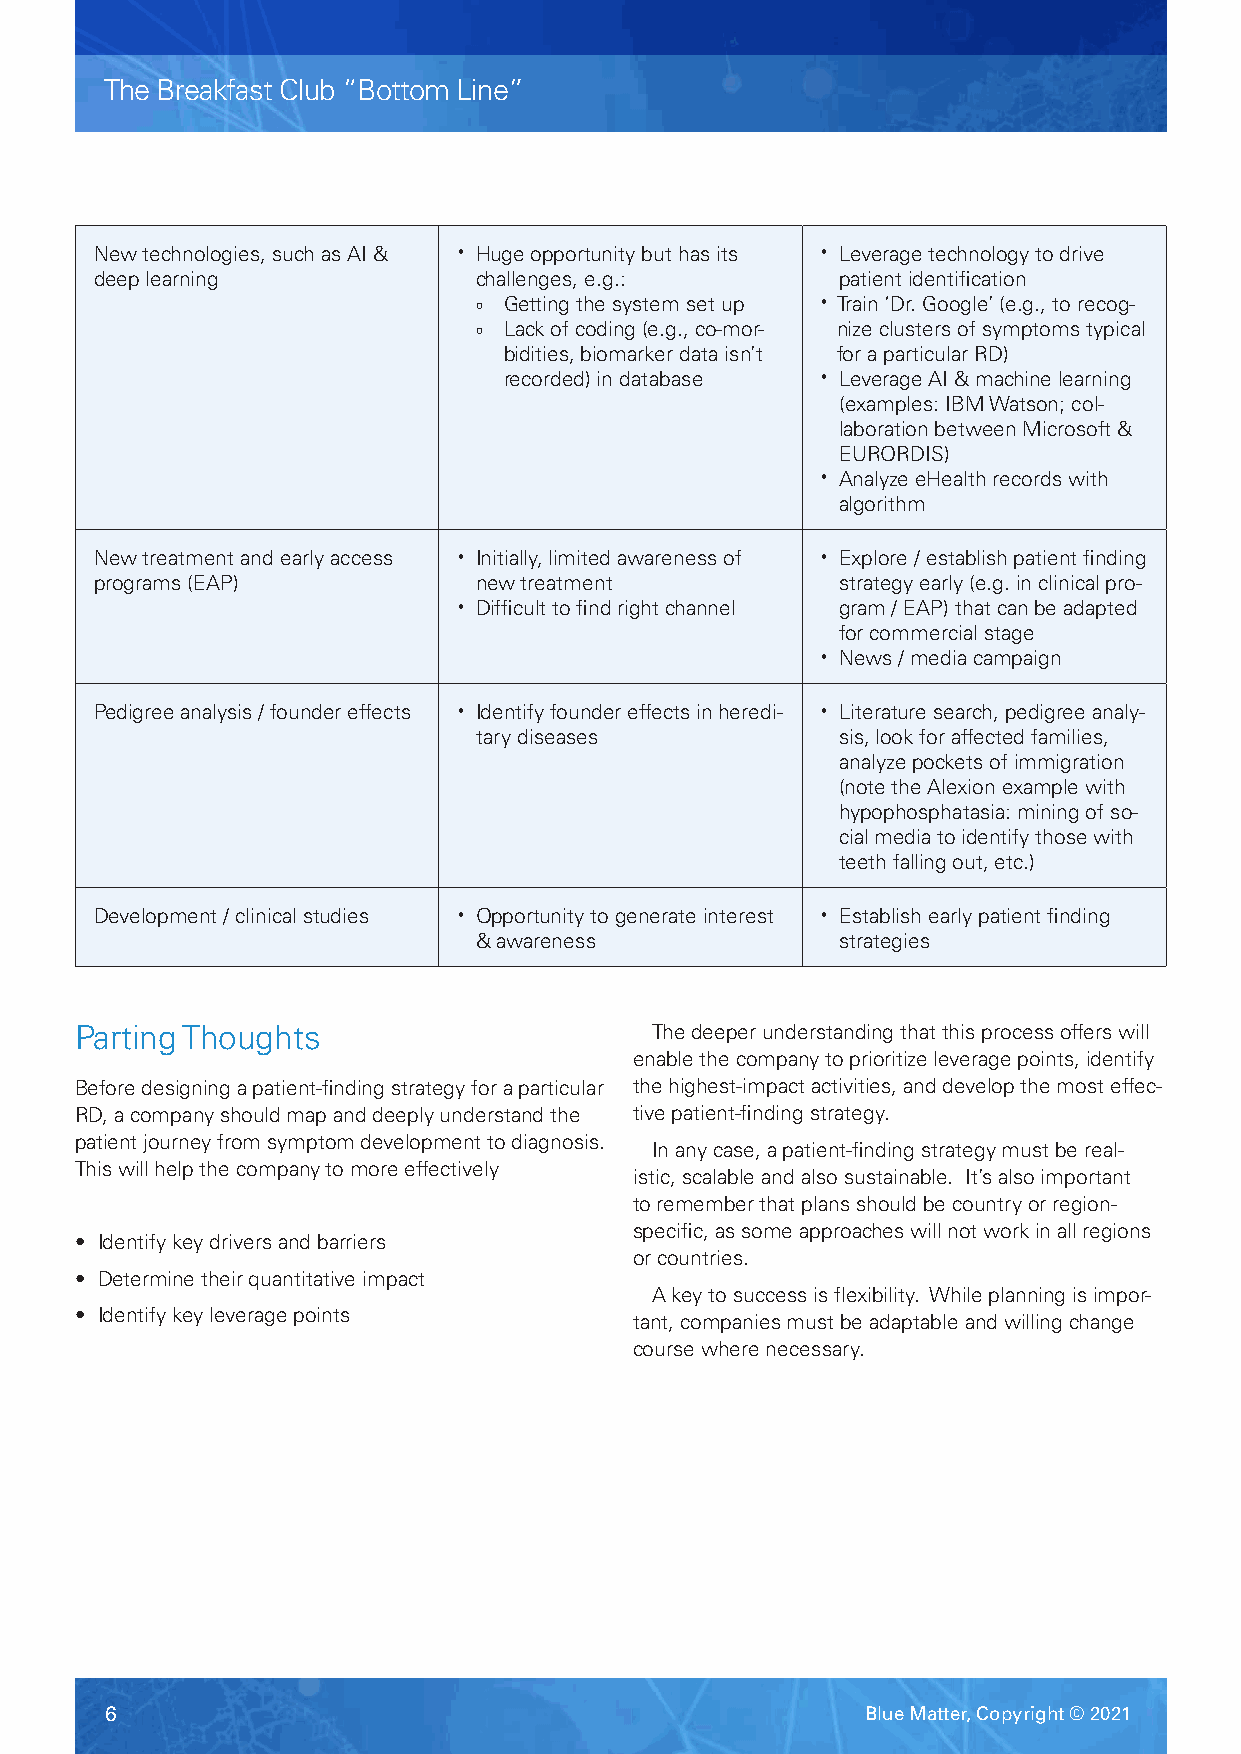
The Breakfast Club “Bottom Line”
 New technologies, such as AI & • Huge opportunity but has its • Leverage technology to drive
 deep learning            challenges, e.g.:        patient identification
 o Getting the system set up • Train ‘Dr. Google’ (e.g., to recog-
 o L ack of coding (e.g., co-mor- nize clusters of symptoms typical
 bidities, biomarker data isn’t for a particular RD)
 recorded) in database • Leverage AI & machine learning
 (examples: IBM Watson; col-
 laboration between Microsoft &
 EURORDIS)
 • Analyze eHealth records with
 algorithm
 New treatment and early access • Initially, limited awareness of • Explore / establish patient finding
 programs (EAP)           new treatment            strategy early (e.g. in clinical pro-
 • Difficult to find right channel gram / EAP) that can be adapted
 for commercial stage
 • News / media campaign
 Pedigree analysis / founder effects • Identify founder effects in heredi- • Literature search, pedigree analy-
 tary diseases            sis, look for affected families,
 analyze pockets of immigration
 (note the Alexion example with
 hypophosphatasia: mining of so-
 cial media to identify those with
 teeth falling out, etc.)
 Development / clinical studies • Opportunity to generate interest • Establish early patient finding
 & awareness              strategies
 Parting Thoughts                      The deeper understanding that this process offers will
 enable the company to prioritize leverage points, identify
 Before designing a patient-finding strategy for a particular the highest-impact activities, and develop the most effec-
 RD, a company should map and deeply understand the tive patient-finding strategy.
 patient journey from symptom development to diagnosis.
 In any case, a patient-finding strategy must be real-
 This will help the company to more effectively
 istic, scalable and also sustainable. It’s also important
 to remember that plans should be country or region-
 specific, as some approaches will not work in all regions
 • Identify key drivers and barriers
 or countries.
 • Determine their quantitative impact
 A key to success is flexibility. While planning is impor-
 • Identify key leverage points
 tant, companies must be adaptable and willing change
 course where necessary.
 6                                                 Blue Matter, Copyright © 2021